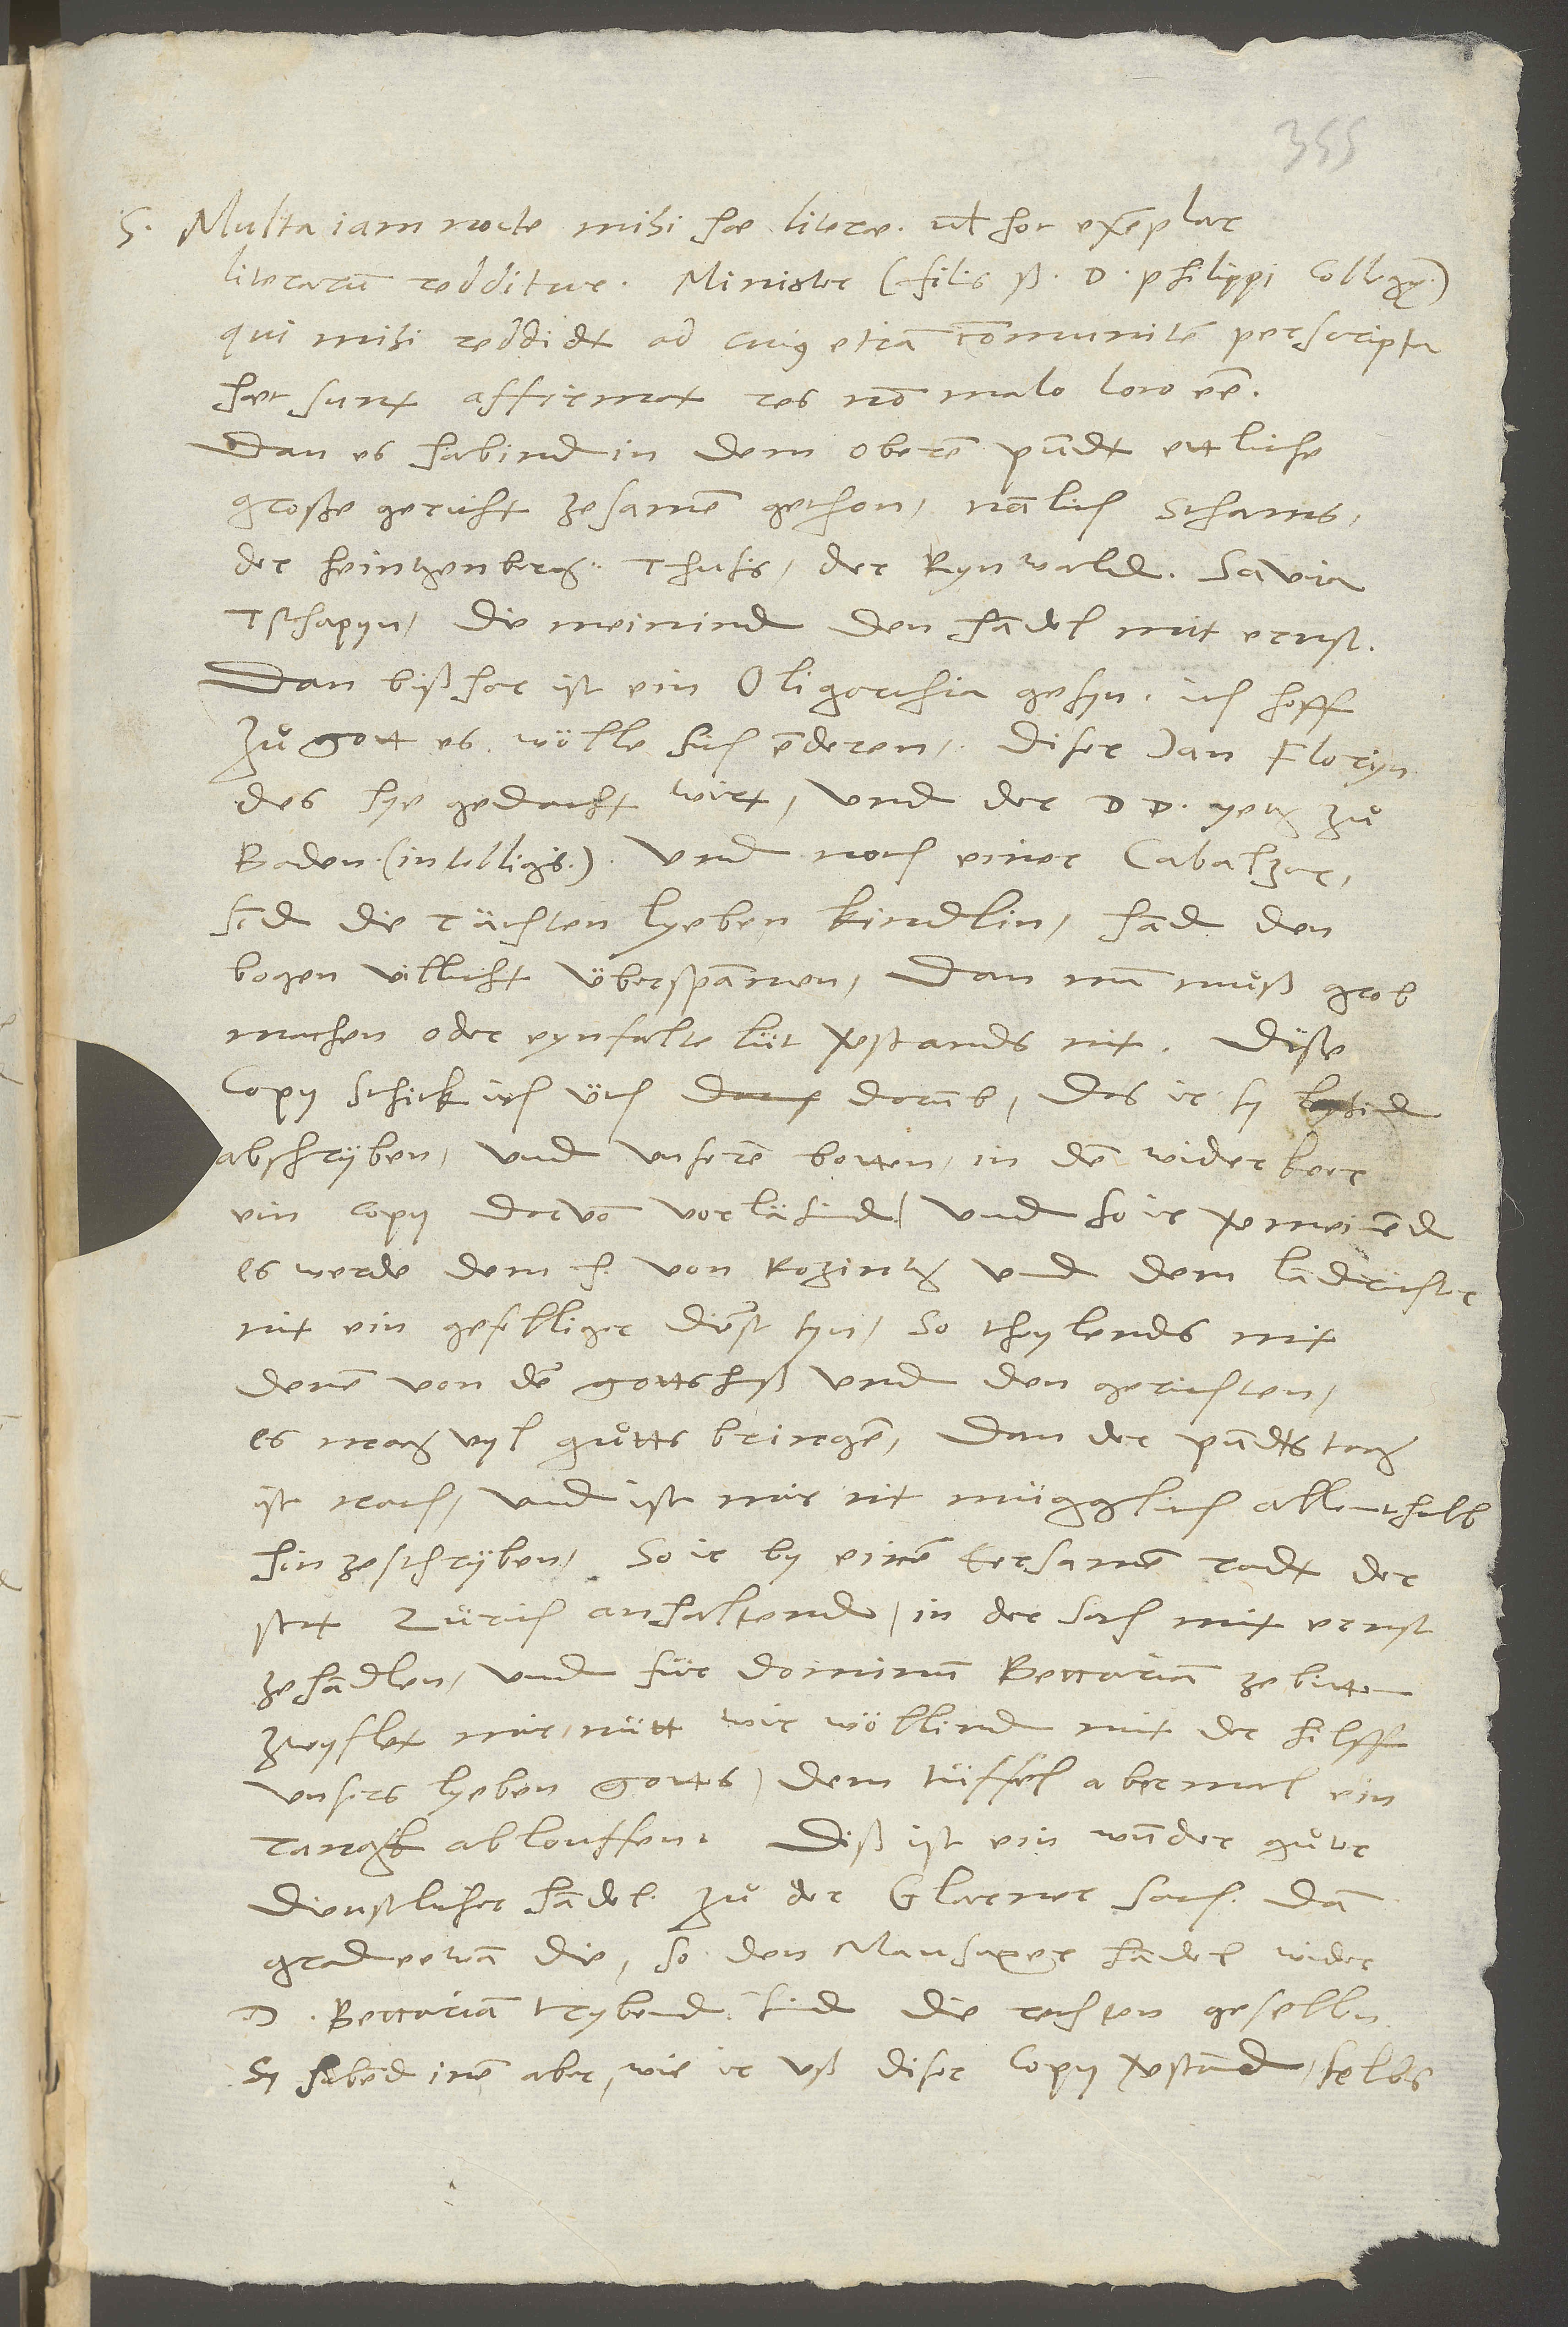
S. Multa iam nocte mihi hae literae vel hoc exemplar
qui mihi reddidit, ad cuius etiam communitatem perscripta
haec sunt, affirmat res non malo loco esse;
dan es habind in dem Oberen Pundt ettliche
große gericht zesamen gethon, namlich Schams,
der Heintzenberg, Thusis, der Rhynwald, Savia,
Tschapyn, die meinind den handel mit ernst.
des hye gedacht wirt, und der d. d., yetz zuͦ
Baden (intelligis) und noch einer, Cabalzar,
sind die rächten lyeben kindlin, hand den
bogen villicht überspannen; dann ma muͦß grob
machen, oder eynfalte lüt verstands nit. Dise
abschryben und unseren botten in dem widerkeer
ein copy darvon vorläsind. Und so ir vermeinend,
es werde dem h von Rosintz und dem landrichter
nit ein gefelliger dienst syn, so theylend's mit
denen von dem Gottshuß und den Gerichten.
Es mag vyl guͦtts bringen; dann der pundtstag
ist nach, und ist mir nit mügglich, allenthalb
hin ze schryben. So ir by einem eersamen radt der
Zürich anhaltend, in der sach mit ernst
ze handlen und für dominum Beccariam zu bitten,
zwyflet mir nütt, wir wöllind mit der hilff
unsers lyeben gottes dem tüffel abermal ein
rangk ablouffen. Diß ist ein wunderguͦter,
dienstlicher handel zuͦ der Glarner sach; dan
grad eewan die, so den Mausaxer handel wider
d. Beccariam trybend, sind die rechten gesellen.
Sy habend inen aber, wie ir uß diser copy verstand, selbs